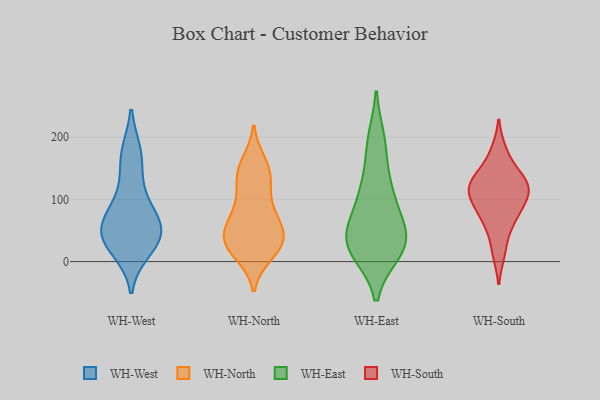
{"axis": {"x": "Shipments", "y": "Value"}, "legend": ["WH-East", "WH-North", "WH-South", "WH-West"], "data": [{"x": "", "y": 103, "type": "WH-West"}, {"x": "", "y": 41, "type": "WH-West"}, {"x": "", "y": 35, "type": "WH-West"}, {"x": "", "y": 69, "type": "WH-West"}, {"x": "", "y": 51, "type": "WH-West"}, {"x": "", "y": 66, "type": "WH-West"}, {"x": "", "y": 137, "type": "WH-West"}, {"x": "", "y": 176, "type": "WH-West"}, {"x": "", "y": 17, "type": "WH-West"}, {"x": "", "y": 73, "type": "WH-West"}, {"x": "", "y": 45, "type": "WH-West"}, {"x": "", "y": 22, "type": "WH-West"}, {"x": "", "y": 176, "type": "WH-West"}, {"x": "", "y": 21, "type": "WH-North"}, {"x": "", "y": 29, "type": "WH-North"}, {"x": "", "y": 50, "type": "WH-North"}, {"x": "", "y": 88, "type": "WH-North"}, {"x": "", "y": 13, "type": "WH-North"}, {"x": "", "y": 31, "type": "WH-North"}, {"x": "", "y": 20, "type": "WH-North"}, {"x": "", "y": 147, "type": "WH-North"}, {"x": "", "y": 147, "type": "WH-North"}, {"x": "", "y": 135, "type": "WH-North"}, {"x": "", "y": 59, "type": "WH-North"}, {"x": "", "y": 121, "type": "WH-North"}, {"x": "", "y": 158, "type": "WH-North"}, {"x": "", "y": 66, "type": "WH-North"}, {"x": "", "y": 43, "type": "WH-North"}, {"x": "", "y": 87, "type": "WH-North"}, {"x": "", "y": 39, "type": "WH-North"}, {"x": "", "y": 57, "type": "WH-East"}, {"x": "", "y": 195, "type": "WH-East"}, {"x": "", "y": 100, "type": "WH-East"}, {"x": "", "y": 16, "type": "WH-East"}, {"x": "", "y": 119, "type": "WH-East"}, {"x": "", "y": 31, "type": "WH-East"}, {"x": "", "y": 185, "type": "WH-East"}, {"x": "", "y": 115, "type": "WH-East"}, {"x": "", "y": 29, "type": "WH-East"}, {"x": "", "y": 22, "type": "WH-East"}, {"x": "", "y": 17, "type": "WH-East"}, {"x": "", "y": 58, "type": "WH-East"}, {"x": "", "y": 44, "type": "WH-East"}, {"x": "", "y": 125, "type": "WH-South"}, {"x": "", "y": 51, "type": "WH-South"}, {"x": "", "y": 114, "type": "WH-South"}, {"x": "", "y": 119, "type": "WH-South"}, {"x": "", "y": 83, "type": "WH-South"}, {"x": "", "y": 94, "type": "WH-South"}, {"x": "", "y": 134, "type": "WH-South"}, {"x": "", "y": 73, "type": "WH-South"}, {"x": "", "y": 179, "type": "WH-South"}, {"x": "", "y": 13, "type": "WH-South"}, {"x": "", "y": 148, "type": "WH-South"}, {"x": "", "y": 112, "type": "WH-South"}]}